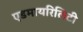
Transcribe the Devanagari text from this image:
एडमायरिलिटी